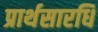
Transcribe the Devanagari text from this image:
प्रार्थसारधि